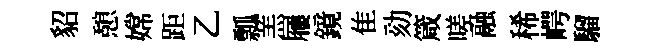
貂憩嫦距乙瓢羔屨鏡隹劾箴嗟融稀崿騮